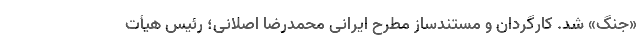
«جنگ» شد. کارگردان و مستندساز مطرح ایرانی محمدرضا اصلانی؛ رئیس هیأت